Leaving Certificate Examination, 1920, 1920
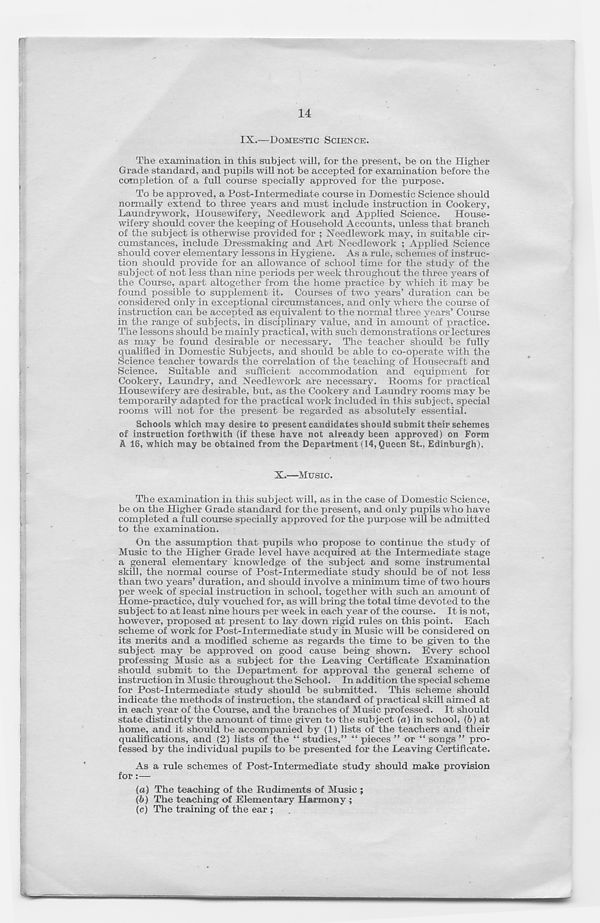
14
IX.—DOMESTIC SCIENCE.
The examination in this subject will, for the present, be on the Higher
Grade standard, and pupils will not be accepted for examination before the
completion of a full course specially approved for the purpose.
To be approved, a Post-Intermediate course in Domestic Science should
normally extend to three years and must include instruction in Cookery,
Laundrywork, Housewifery, Needlework and Applied Science.
House-
wifery should cover the keeping of Household Accounts, unless that branch
of the subject is otherwise provided for ; Needlework may, in suitable cir-
cumstances, include Dressmaking and Art Needlework ; Applied Science
should cover elementary lessons in Hygiene. As a rule, schemes of instruc-
tion should provide for an allowance of school time for the study of the
subject of not less than nine periods per week throughout the three years of
the Course, apart altogether from the home practice by which it may be
found possible to supplement it. Courses of two years’ duration can be
considered only in exceptional circumstances, and only where the course of
instruction can be accepted as equivalent to the normal three years’ Course
in the range of subjects, in disciplinary value, and in amount of practice.
The lessons should be mainly practical, with such demonstrations or lectures
as may be found desirable or necessary. The teacher should be fully
qualified in Domestic Subjects, and should be able to co-operate with the
Science teacher towards the correlation of the teaching of Housecraft and
Science. Suitable and sufficient accommodation and equipment for
Cookery, Laundry, and Needlework are necessary. Rooms for practical
Housewifery are desirable, but, as the Cookery and Laundry rooms may be
temporarily adapted for the practical work included in this subject, special
rooms will not for the present be regarded as absolutely essential.
Schools which may desire to present candidates should submit their schemes
of instruction forthwith (if these have not already been approved) on Form
A 16, which may be obtained from the Department (14, Queen St., Edinburgh).
X.—Music.
The examination in this subject will, as in the case of Domestic Science,
be on the Higher Grade standard for the present, and only pupils who have
completed a full course specially approved for the purpose will be admitted
to the examination.
On the assumption that pupils who propose to continue the study of
Music to the Higher Grade level have acquired at the Intermediate stage
a general elementary knowledge of the subject and some instrumental
skill, the normal course of Post-Intermediate study should be of not less
than two years’ duration, and should involve a minimum time of two hours
per week of special instruction in school, together with such an amount of
Home-practice, duly vouched for, as will bring the total time devoted to the
subject to at least nine hours per week in each year of the course. It is not,
however, proposed at present to lay down rigid rules on this point. Bach
scheme of work for Post-Intermediate study in Music will be considered on
its merits and a modified scheme as regards the time to be given to the
subject may be approved on good cause being shown. Every school
professing Music as a subject for the Leaving Certificate Examination
should submit to the Department for approval the general scheme of
instruction in Music throughout the School. In addition the special scheme
for Post-Intermediate study should be submitted. This scheme should
indicate the methods of instruction, the standard of practical skill aimed at
in each year of the Course, and the branches of Music professed. It should
state distinctly the amount of time given to the subject (a) in school, (6) at
home, and it should be accompanied by (1) lists of the teachers and their
qualifications, and (2) lists of the “ studies,” “ pieces ” or “ songs ” pro-
fessed by the individual pupils to be presented for the Leaving Certificate.
As a rule schemes of Post-Intermediate study should make provision
for
(a) The teaching of the Rudiments of Music ;
(b) The teaching of Elementary Harmony ;
(c) The training of the ear ;